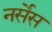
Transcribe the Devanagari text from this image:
नर्सेस